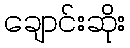
ချောင်းဆိုး